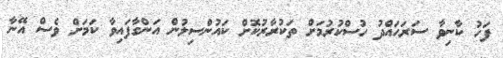
ފަހު ކާނިވާ ސަރަހައްދު ހުސްކުރުމަށް ތަކުރާރުކޮށް ކައުންސިލުން އަންގާފައިވާ ކަމަށް ވެސް އޭނާ